Leaving Certificate Examination (including Day School Certificate (Higher) General paper), 1937
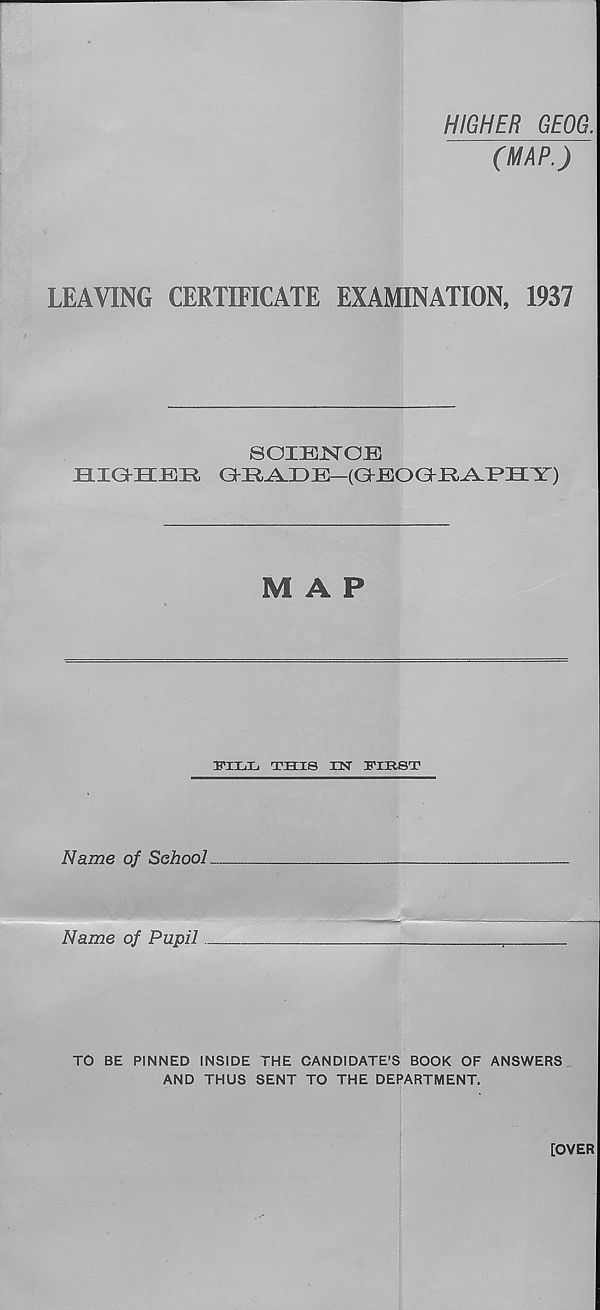
HIGHER GEOG.
(MAP.)
LEAVING CERTIFICATE EXAMINATION, 1937
SOIEISrOE
nxailEIR GhU^LDE—(GhBOGhXl^P^BLY)
MAP
I’lLL THIS rST FIRST
Name of School
Name of Pupil
TO BE PINNED INSIDE THE CANDIDATE’S BOOK OF ANSWERS
AND THUS SENT TO THE DEPARTMENT.
[OVER